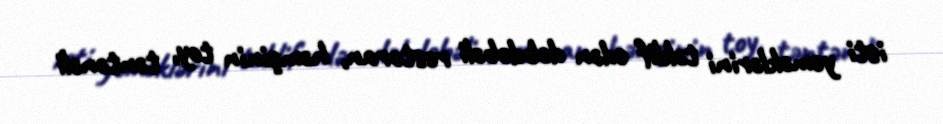
isti yeməklərini təklif edən dəbdəbəli restoran, həmçinin toy, təntənəli